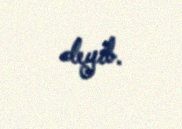
deyib.